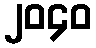
၂၀၄၀